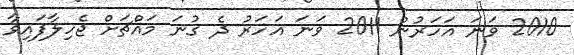
2010 ވަނަ އަހަރުން 2011 ވަނަ އަހަރު ދެ ގުނަ މައްޗަށް ޖެހިލާފައިވާ